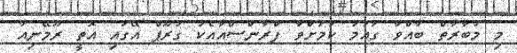
މި މުބާރާތް ބާއްވާ ގައުމު ކަމަށްވާ ފްރާންސްއާއެކު ގުރޫޕް އޭގައި އޮތީ ރޫމޭނިއާ